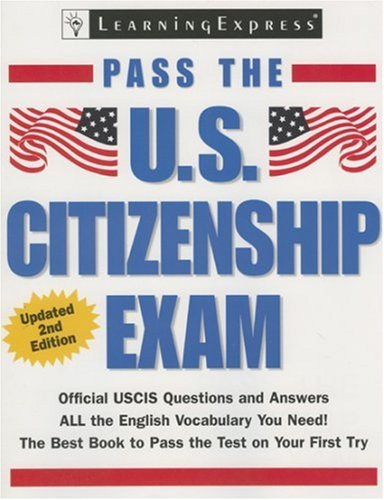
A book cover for Pass the U.S. Citizenship Exam; LearningExpress Editors; Test Preparation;